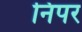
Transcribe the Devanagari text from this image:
निपर